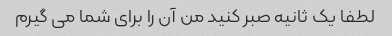
لطفا یک ثانیه صبر کنید من آن را برای شما می گیرم